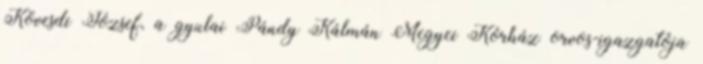
Kövesdi József, a gyulai Pándy Kálmán Megyei Kórház orvos-igazgatója